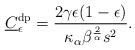
LaTeX: \begin{align*} \underline{C}^{\textrm{dp}}_{\epsilon}= \frac{2\gamma \epsilon (1-\epsilon)}{\kappa_{\alpha}\beta^{\frac{2}{\alpha}}s^2}.\end{align*}